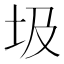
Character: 圾